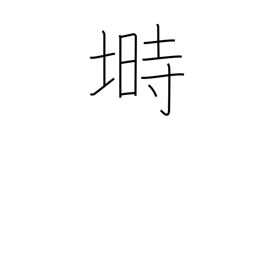
Meaning: hen coop